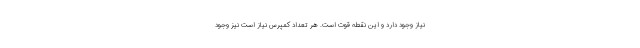
نیاز وجود دارد و این نقطه قوت است. هر تعداد کمپرس نیاز است نیز وجود